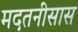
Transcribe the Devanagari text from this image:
मदतनीसास